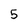
Character: 5